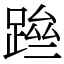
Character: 䠁